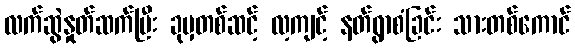
လက်ဆွဲနှုတ်ဆက်ပြီး ခုမှတစ်ဆင့် လ့ကျင့် နတ်ရွာစံခြင်း သားတစ်ကောင်